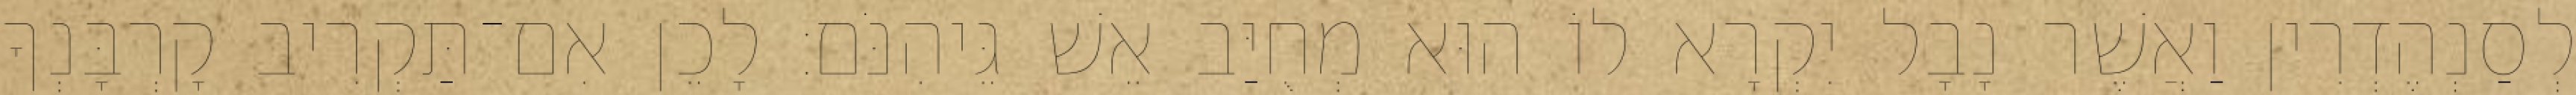
לְסַנְהֶדְרִין וַאֲשֶׁר נָבָל יִקְרָא לוֹ הוּא מְחֻיַּב אֵשׁ גֵּיהִנֹּם׃ לָכֵן אִם־תַּקְרִיב קָרְבָּנְךָ